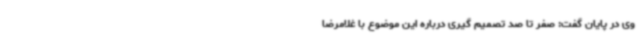
وی در پایان گفت: صفر تا صد تصمیم گیری درباره این موضوع با غلامرضا